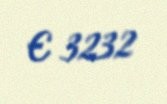
€ 3232